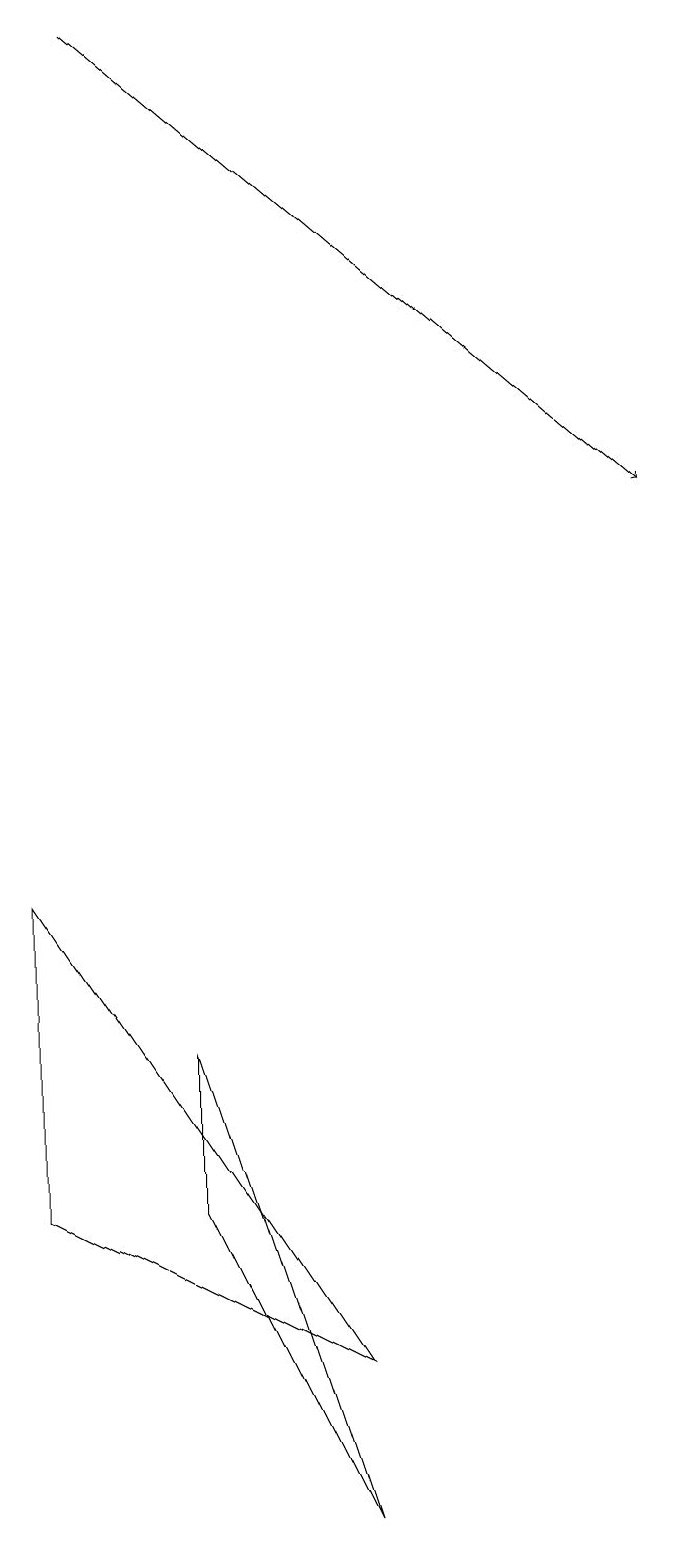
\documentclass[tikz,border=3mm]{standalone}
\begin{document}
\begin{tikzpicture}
\draw (4,2) -- (0,4) -- (0,8) -- cycle;
\draw (2,6) -- (2,4) -- (4,0) -- cycle;
\draw[->] (1,19) -- (8,13);
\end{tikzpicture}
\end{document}